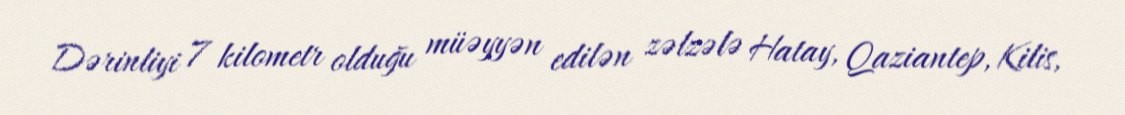
Dərinliyi 7 kilometr olduğu müəyyən edilən zəlzələ Hatay, Qaziantep, Kilis,